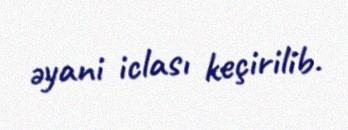
əyani iclası keçirilib.